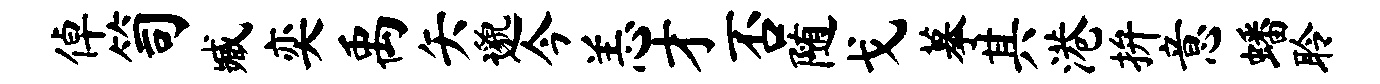
倬笥臧奕禹矢邈今恙才否随戈摹其港拚意蟠聆